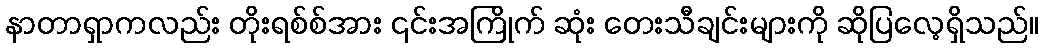
နာတာရှာကလည်း တိုးရစ်စ်အား ၎င်းအကြိုက် ဆုံး တေးသီချင်းများကို ဆိုပြလေ့ရှိသည်။